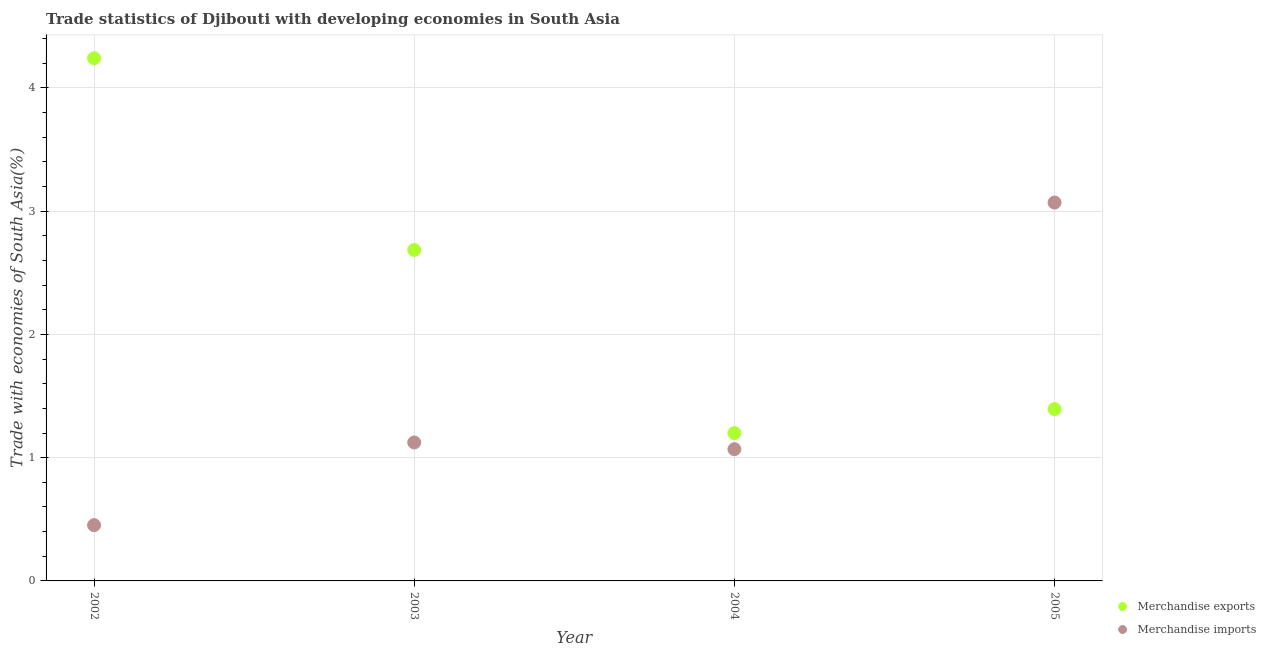
| Year | Merchandise exports | Merchandise imports |
 | --- | --- | --- |
 | 2002 | 4.24 | 0.453 |
 | 2003 | 2.68 | 1.12 |
 | 2004 | 1.2 | 1.07 |
 | 2005 | 1.39 | 3.07 |